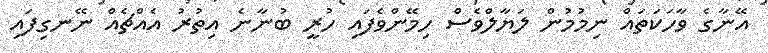
އޭނާގެ ވާހަކަތައް ނިމުމުން ލަޔާލްވެސް ހިމޭންވެފައި ހުރީ ބުނާނެ އިތުރު އެއްޗެއް ނޭނގިފައި